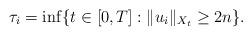
LaTeX: \begin{align*}\tau_i= \inf\{t \in [0,T]: \Vert u_i \Vert_{X_t} \geq 2n\}.\end{align*}